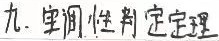
九、 宝润 - 性判定定理